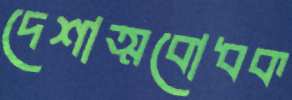
দেশাত্মবোধক